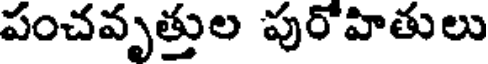
పంచవృత్తుల పురోహితులు